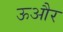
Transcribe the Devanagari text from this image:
ऊऔर